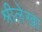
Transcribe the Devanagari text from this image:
श्रीलेखा